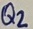
Text: Q2